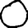
Digit: 0